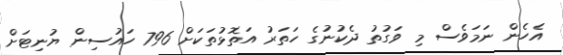
އެހެން ނަމަވެސް މި ވަގުތު ދެކުނުގެ ހަތަރު އަތޮޅުތަކަށް 796 ހައުސިން ޔުނިޓަށް